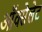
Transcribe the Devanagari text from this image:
ऑक्सेलेट